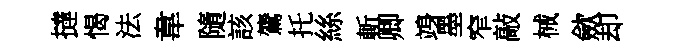
撻愒法韋隨該鷟托絲斬卿竧墨窄敲械歛却